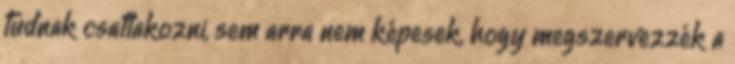
tudnak csatlakozni, sem arra nem képesek, hogy megszervezzék a